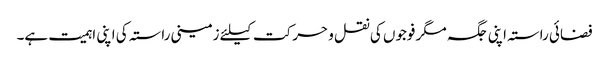
فضائی راستہ اپنی جگہ مگر فوجوں کی نقل و حرکت کیلئے زمینی راستہ کی اپنی اہمیت ہے۔